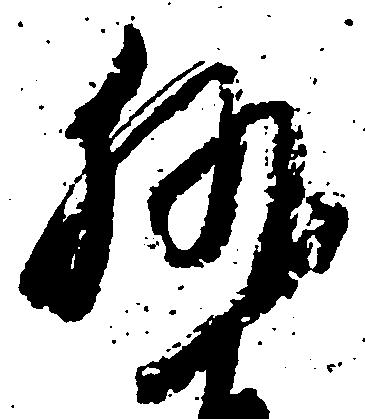
執